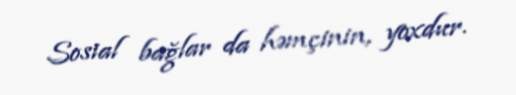
Sosial bağlar da həmçinin, yoxdur.